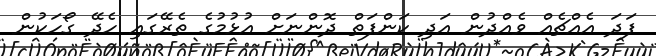
ފަދަ އެއްޗެއް ވެއްދުން އަދި ކަންފަތް ދޮންނަށް އުޅުމުގެ ތެރޭގައި ހެދޭ ގޯހަކުން